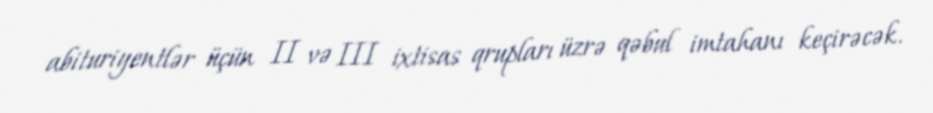
abituriyentlər üçün II və III ixtisas qrupları üzrə qəbul imtahanı keçirəcək.